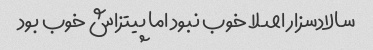
سالادسزار اصلا خوب نبود اما پیتزاش خوب بود